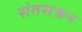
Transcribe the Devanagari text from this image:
संतसज्जन